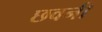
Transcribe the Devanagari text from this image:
छवनी